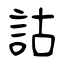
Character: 詁